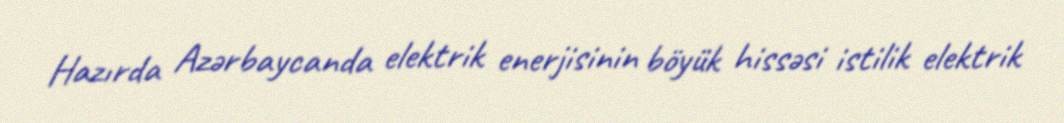
Hazırda Azərbaycanda elektrik enerjisinin böyük hissəsi istilik elektrik